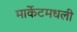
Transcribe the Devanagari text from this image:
मार्केटमधली